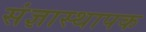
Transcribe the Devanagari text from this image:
संज्ञास्थापक